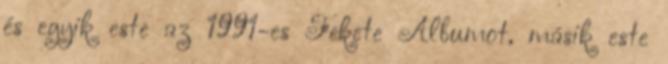
és egyik este az 1991-es Fekete Albumot, másik este